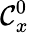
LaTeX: {\mathcal{C}}_{x}^{0}